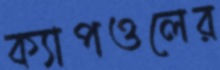
ক্যাপওলের